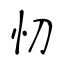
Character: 忉